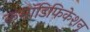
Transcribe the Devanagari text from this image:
कमॉडिफिकेशन